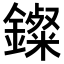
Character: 𨮏